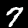
Label: 7